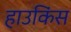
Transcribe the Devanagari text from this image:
हाउकिंस